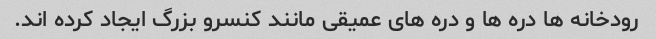
رودخانه ها دره ها و دره های عمیقی مانند کنسرو بزرگ ایجاد کرده اند.